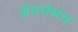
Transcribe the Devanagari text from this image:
जेमतेमच